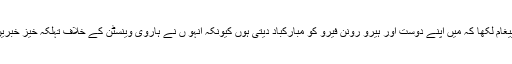
اس تصویر کے ساتھ جمائما خان نے پیغام لکھا کہ میں اپنے دوست اور ہیرو رونن فیرو کو مبارکباد دیتی ہوں کیونکہ انہو ں نے ہاروی وینسٹن کے خلاف تہلکہ خیز خبریں دینے پرپلیٹزرایوارڈ حاصل کیا ہے ۔